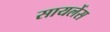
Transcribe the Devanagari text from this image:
सायलेंस